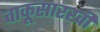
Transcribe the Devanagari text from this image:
चाकूसारखी